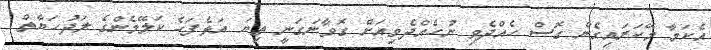
އެކަމާ މޭކަރައިގެން ގޮސް ހެއްދެވި ނުހެއްދެވިއަށް ގޮވާނަގަނީ ތިޔަ އަޅެފަހެ ކަލޭމެންގެ ލަދުހަޔާތް